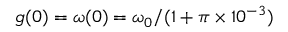
g ( 0 ) = \omega ( 0 ) = \omega _ { 0 } / ( 1 + \pi \times 1 0 ^ { - 3 } )